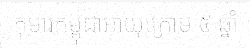
កុមារកម្ពុជាអាយុក្រោម ៥ ឆ្នាំ